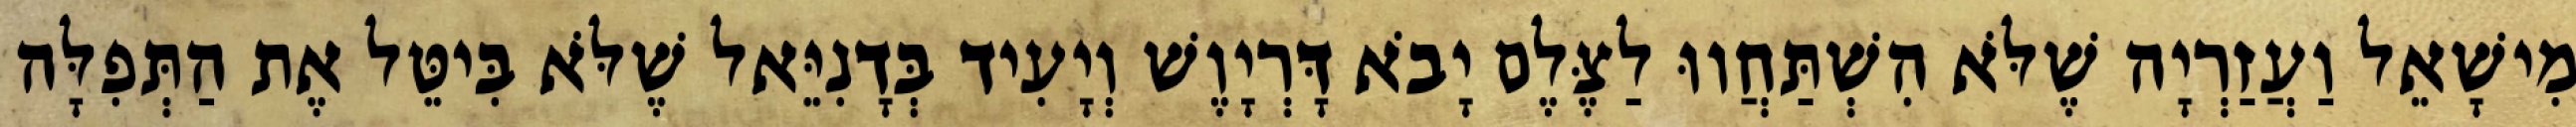
מִישָׁאֵל וַעֲזַרְיָה שֶׁלֹּא הִשְׁתַּחֲווּ לַצֶּלֶם יָבֹא דָּרְיָוֶשׁ וְיָעִיד בְּדָנִיֵּאל שֶׁלֹּא בִּיטֵּל אֶת הַתְּפִלָּה